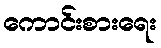
ကောင်းစားရေး